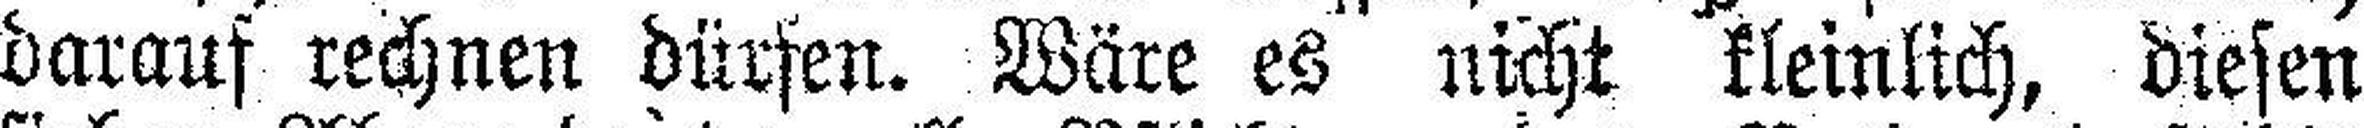
darauf rechnen dürfen. Wäre es nicht kleinlich, diesen